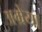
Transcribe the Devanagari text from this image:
अम्रेया